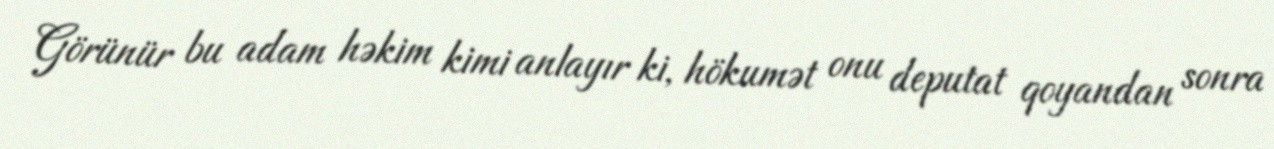
Görünür bu adam həkim kimi anlayır ki, hökumət onu deputat qoyandan sonra